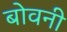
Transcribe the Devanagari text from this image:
बोवनी